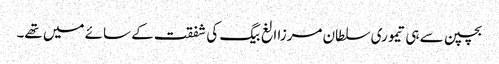
بچپن سے ہی تیموری سلطان مرزا الغ بیگ کی شفقت کے سائے میں تھے۔